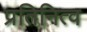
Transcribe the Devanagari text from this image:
प्रतिनित्व